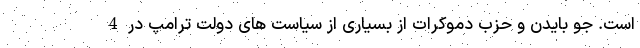
است. جو بایدن و حزب دموکرات از بسیاری از سیاست های دولت ترامپ در 4